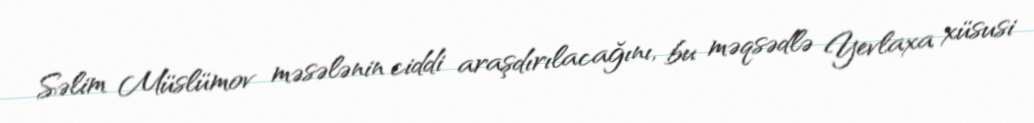
Səlim Müslümov məsələnin ciddi araşdırılacağını, bu məqsədlə Yevlaxa xüsusi